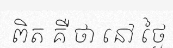
ពិត គឺ ថា នៅ ថ្ងៃ